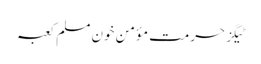
ٹیگزحرمت مؤمن خون مسلم کعبہ